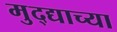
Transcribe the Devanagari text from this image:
मुद्द्याच्‍या